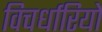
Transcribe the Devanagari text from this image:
विचर्धारियों